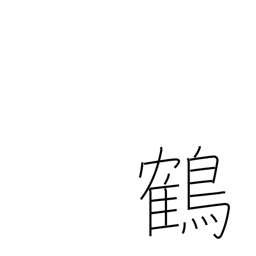
Meaning: stork